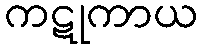
ကဋုကာယ